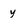
Character: y